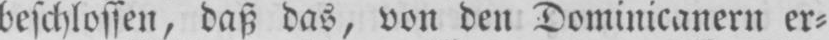
beschlossen, daß das, von den Dominicanern er⸗